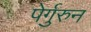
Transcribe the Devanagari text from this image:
पेर्गुरुन